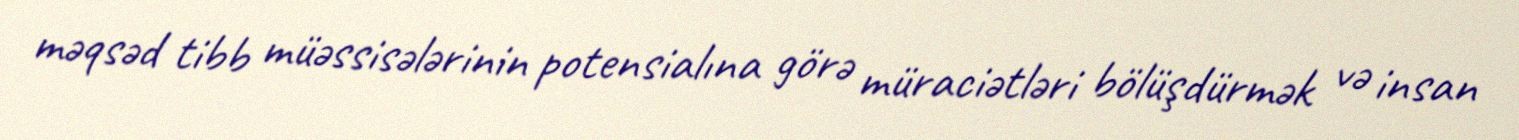
məqsəd tibb müəssisələrinin potensialına görə müraciətləri bölüşdürmək və insan